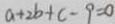
a + 2 b + c - 9 = 0